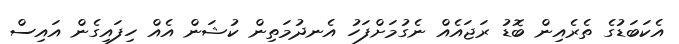
އެކަބަޑުގެ ތެރެއިން ބޮޑު ރަޖައެއް ނެގުމަށްފަހު އެނދުމަތިން ކުޝަން އެއް ހިފައިގެން އައިސް